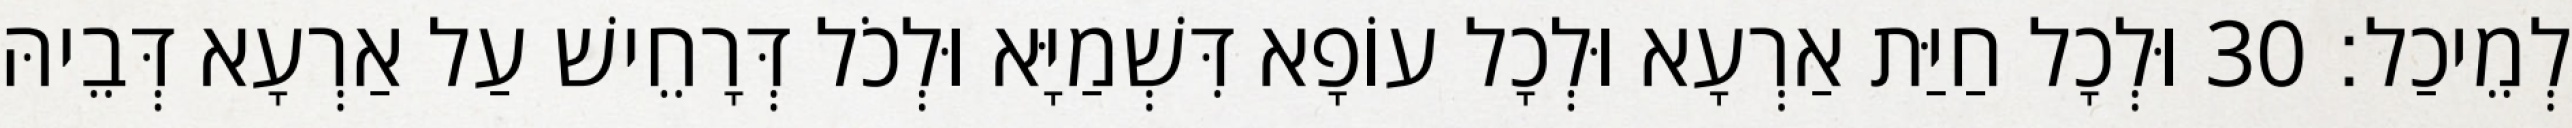
לְמֵיכַל׃ 30 וּלְכָל חַיַּת אַרְעָא וּלְכָל עוֹפָא דִּשְׁמַיָּא וּלְכֹל דְּרָחֵישׁ עַל אַרְעָא דְּבֵיהּ